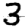
Digit: 3